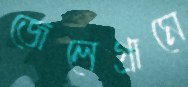
জেলেগ্রামে